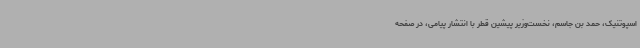
اسپوتنیک، حمد بن جاسم، نخست‌وزیر پیشین قطر با انتشار پیامی، در صفحه